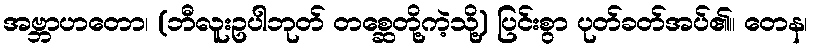
အဗ္ဘာဟတော၊ (ဘီလူးဥပါဘုတ် တစ္ဆေတို့ကဲ့သို့) ပြင်းစွာ ပုတ်ခတ်အပ်၏။ တေန၊